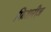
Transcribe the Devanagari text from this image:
फिशरीज़